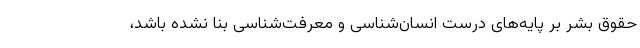
حقوق بشر بر پایه‌های درست انسان‌شناسی و معرفت‌شناسی بنا نشده باشد،